65_HS1-834228961_62-HQ-83894_Serial_449
Agency: FBI
Page 8
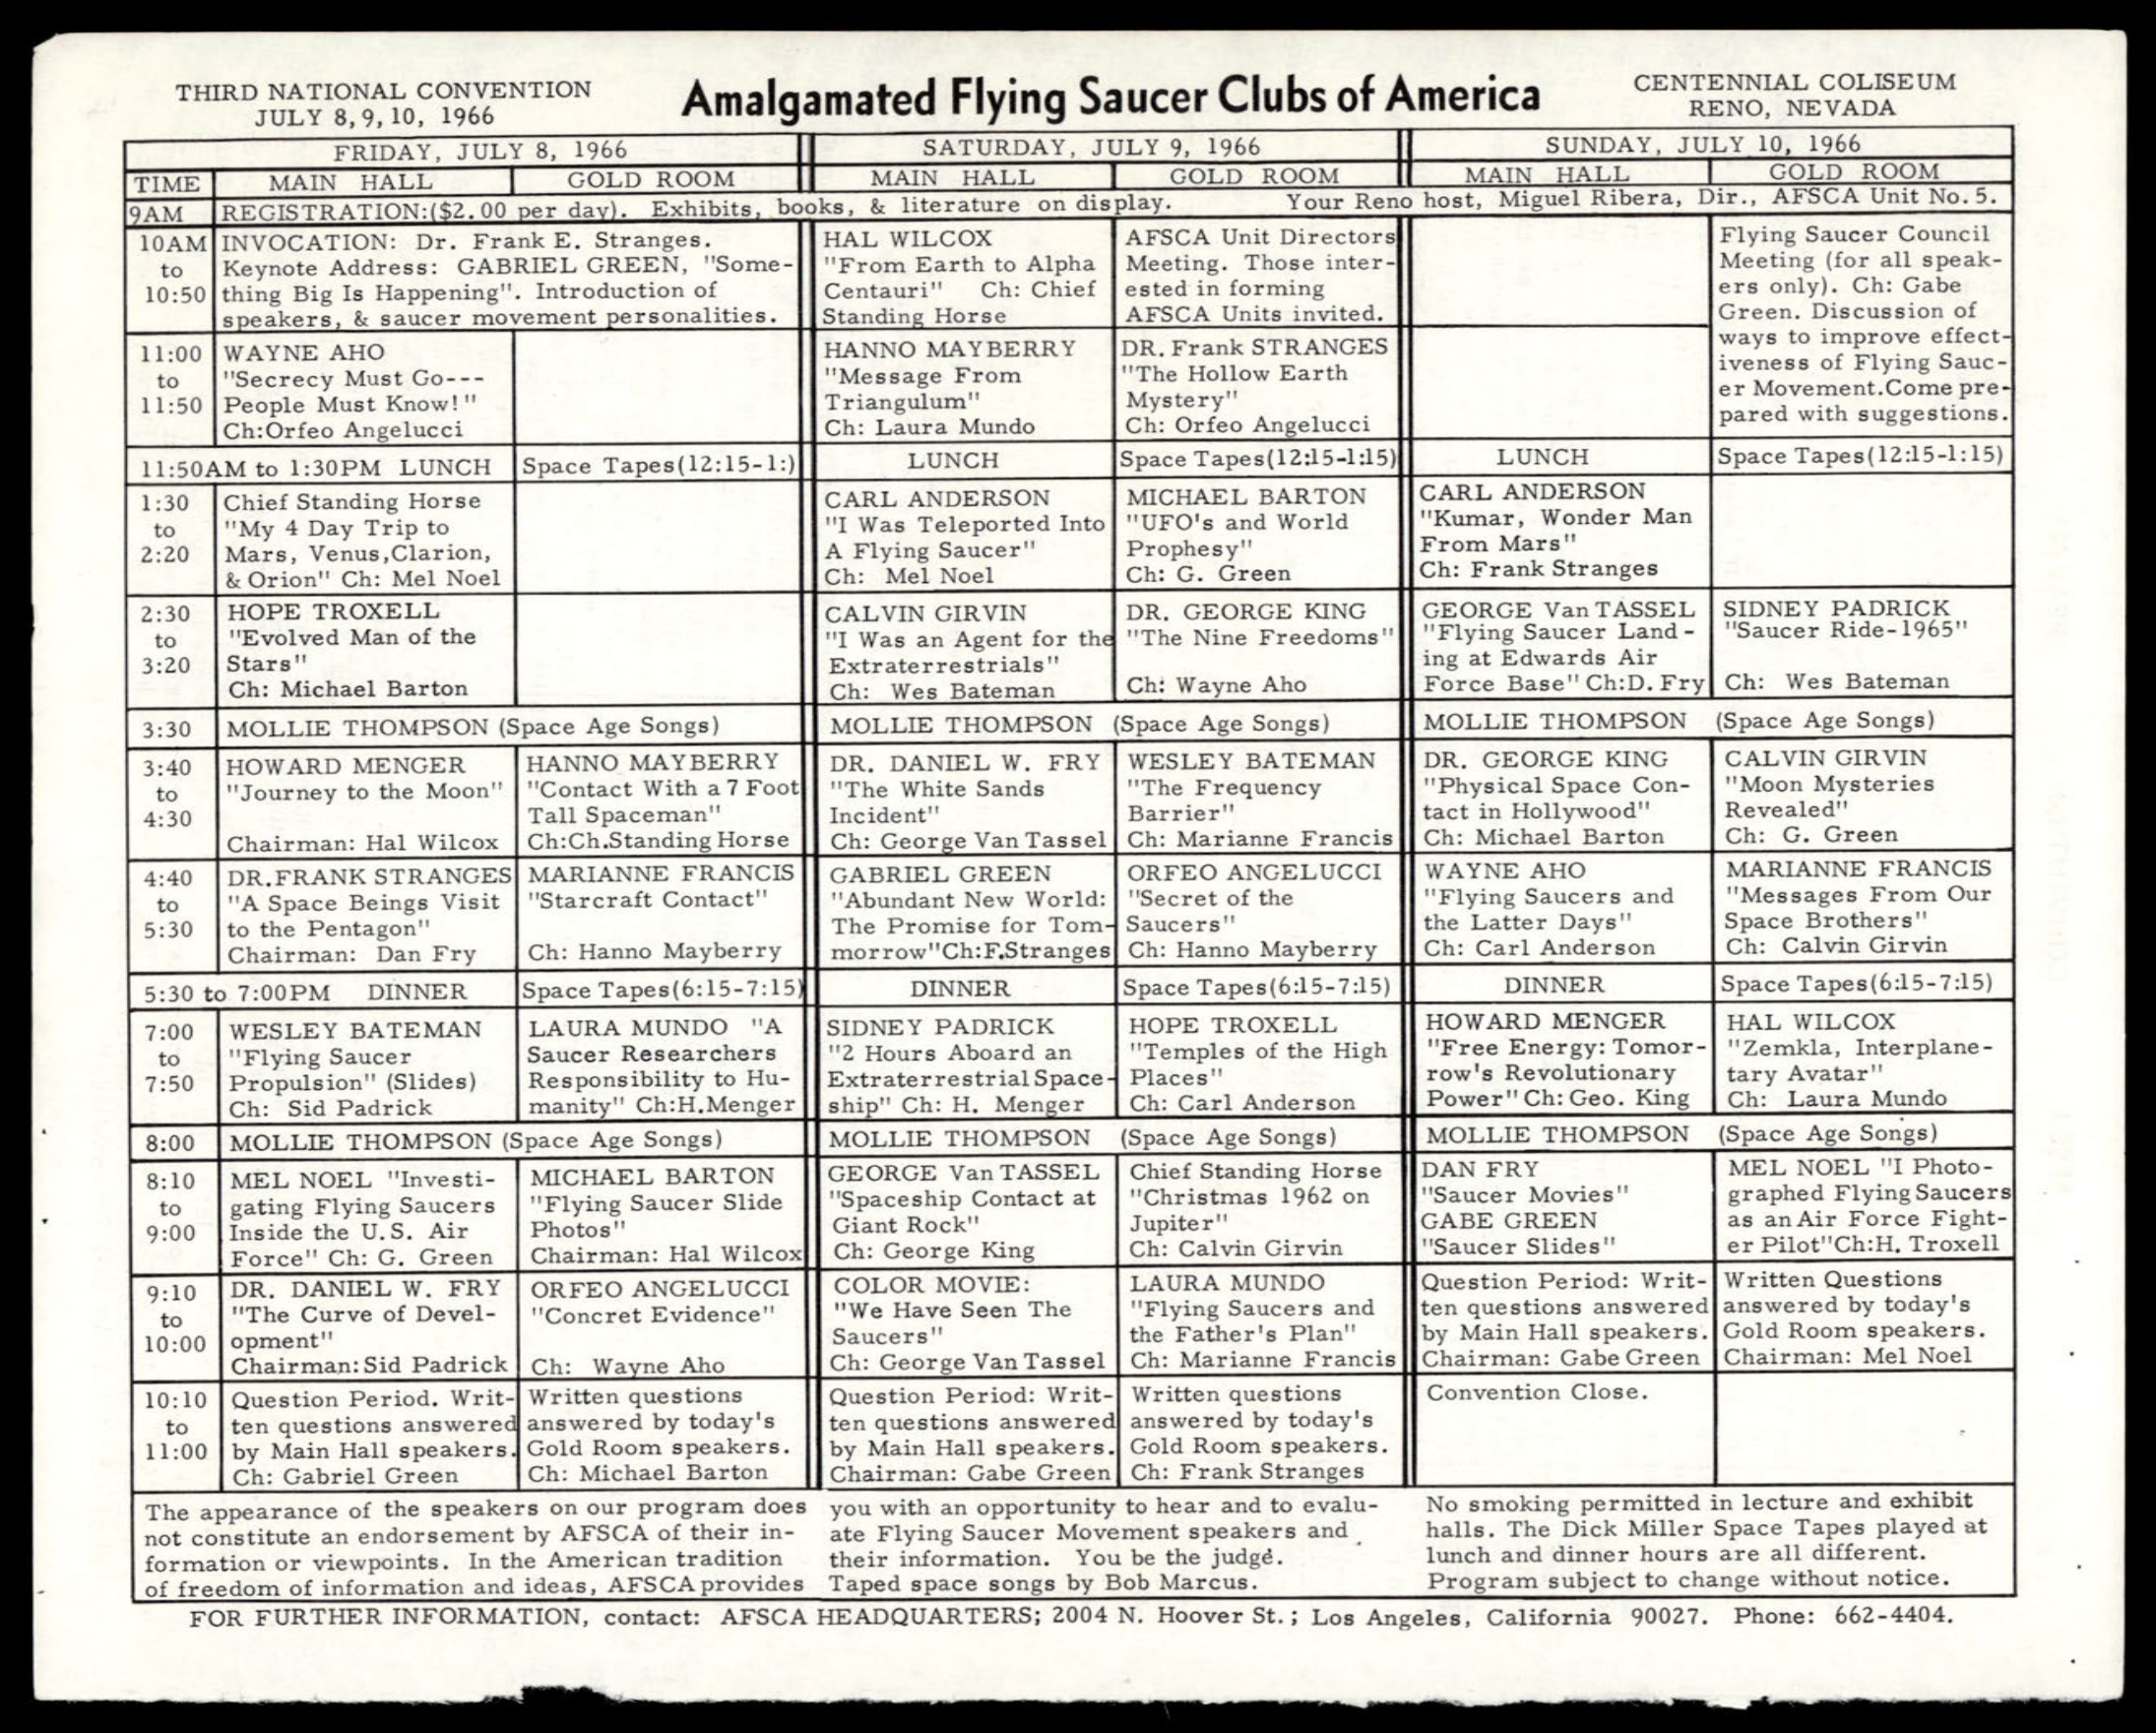